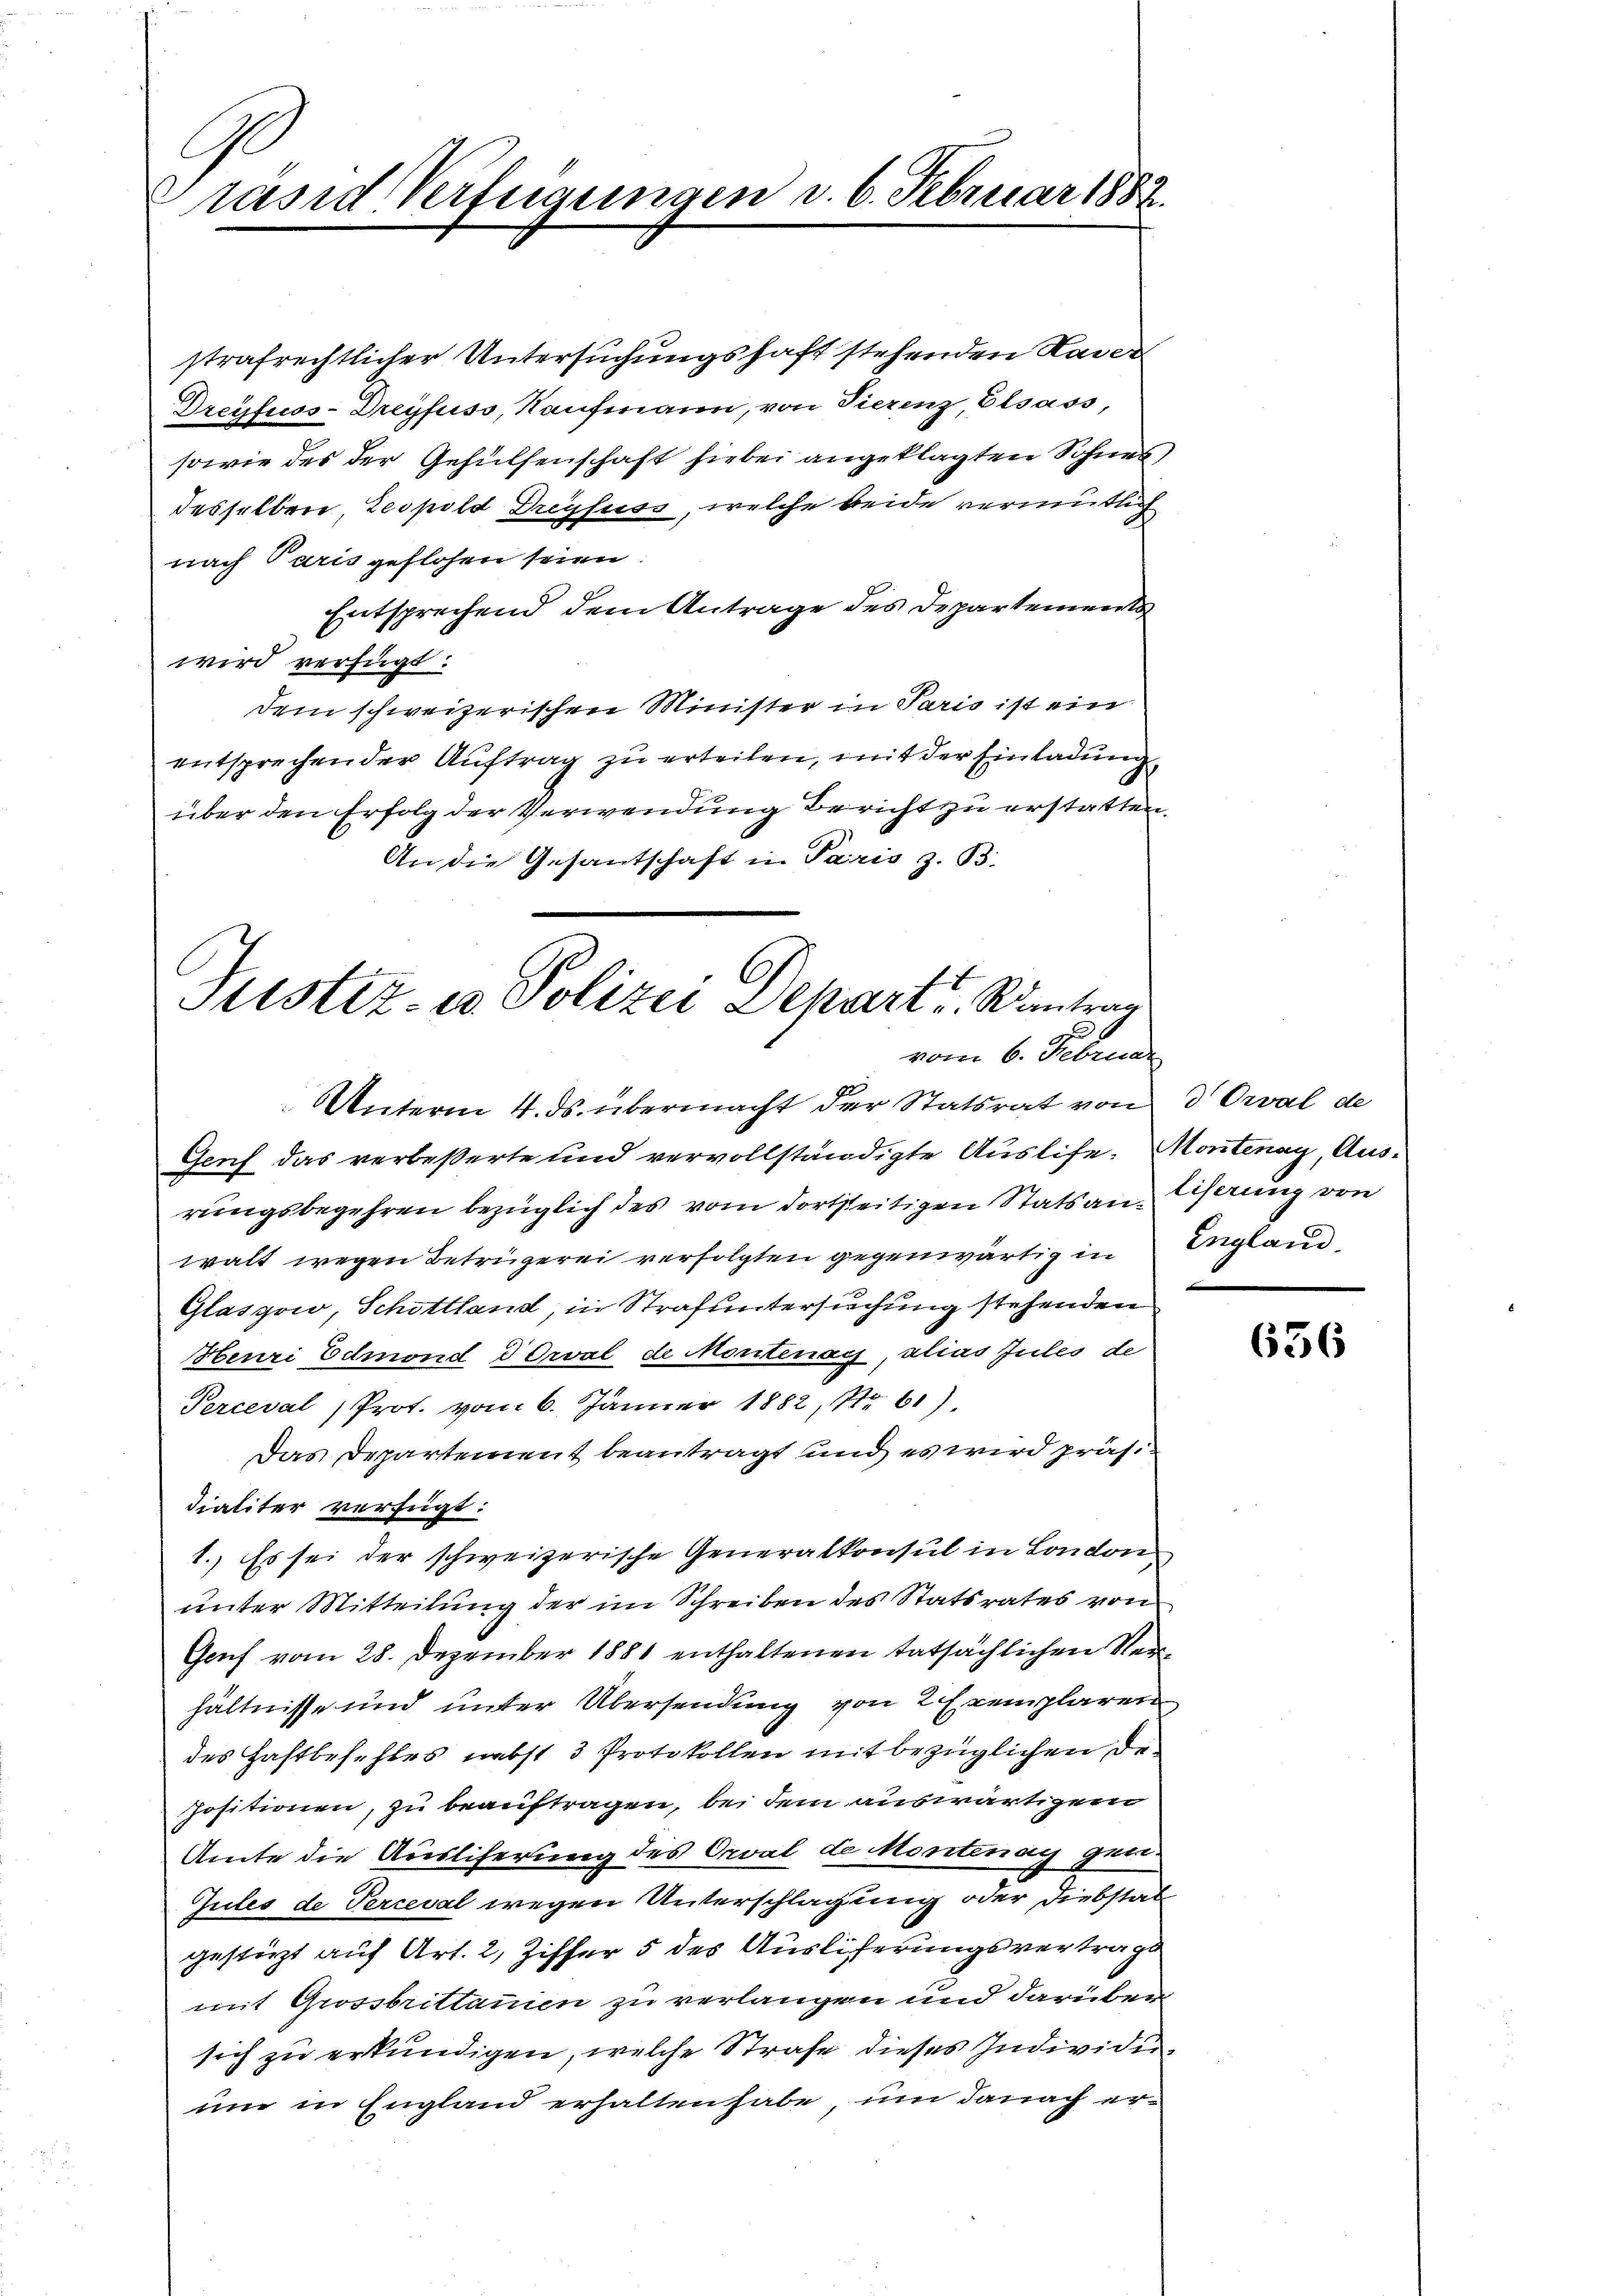
C
räsid Verfügungen d. 6. Februar 1882.

strafrechtlicher Untersuchungshaft stehenden Hader
Dreyfuss- Dreyfuss, Kaufmann, von Tierenz, Elsass,
sowie des der Gehülfenschaft hiebei angeklagten Sohnes
desselben, Leopold Dreyfuss, welche beide vermutlich
nach Paris geflohen seien.
Entsprechend dem Antrage des Departements
wird verfügt:
dem schweizerischen Minister in Paris ist ein
entsprechen der Auftrag zu erteilen, mit der Einladung,
über den Erfolg der Verwendung Bericht zu erstatten.
An die Gesantschaft in Paris z. B.

Justiz- u Polizei Depart. Kontrag
e
vom 6. Februar
UUnterm 4. ds. übermacht der Statsrat von 3 Orval de

Genf das verbeßerte und vervollständigte Auslise. Montenay, Ausrungsbegehren bezüglich des vom dortseitigen Stats an herung von
walt wegen Betrügerei verfolgten gegenwärtig in Englau
Glasgow, Schottland, in Strafuntersuchung stehenden
Henri Edmond dorval de Montenag, alias Jules de
Perceval, Prof. vom 6. Jänner 1882, 1r 61)
Das Departement beantragt und es wird präsidialiter verfügt:
1. Es sei der schweizerische Generalkonsul in London
unter Mitteilung der im Schreiben des Statsrates von
Genf vom 28. Dezember 1881 enthaltenen tatsächlichen Verhältnisse und unter Übersendung von 2 Exemplaren
des Haftbefehles nebst 3 Protokollen mit bezüglichen De¬
Positionen, zu beauftragen, bei dem auswärtigem
Amte die Ausliferung des Oval de Montenag gen
Gules de Perceval wegen Unterschlagung oder Diebstal
gestürzt auf Art. 2, Ziffer 5 des Ausliferungsvertrags
mit Grossbrittanien zu verlangen und darüber
sich zu erkundigen, welche Strafe dieses Individue
um in England erhalten habe, um danach er¬

x

636